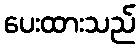
ပေးထားသည်